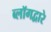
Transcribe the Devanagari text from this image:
ब्लॉगद्वारे